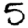
Digit: 5